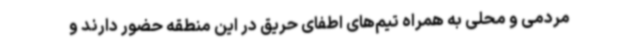
مردمی و محلی به همراه تیم‌های اطفای حریق در این منطقه حضور دارند و